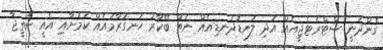
ގެންދަނީ ސްޓްރެޓެޖީއެއް އަދި ލަނޑުދަނޑިއެއް ނެތް ބޭކާރު ހަނގުރާމައެއް ކަމަށާއި އެއީ ނަތީޖާ